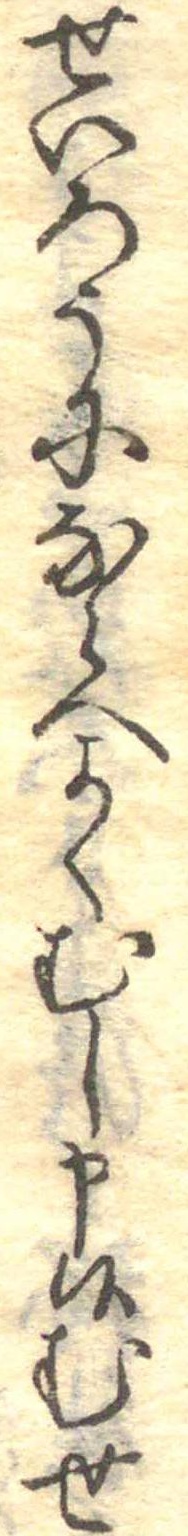
せいろうにならへよくむし申候むせ